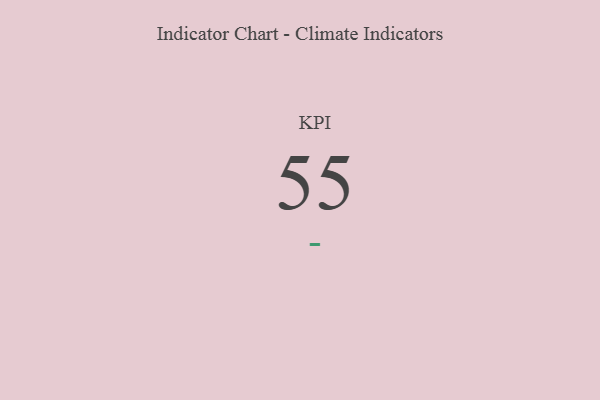
{"axis": {"x": "KPI", "y": "Value"}, "legend": [""], "data": [{"x": "KPI", "y": 55, "type": ""}]}